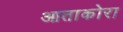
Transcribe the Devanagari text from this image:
आताकोरा